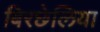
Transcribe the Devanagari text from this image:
बिरछेलिया